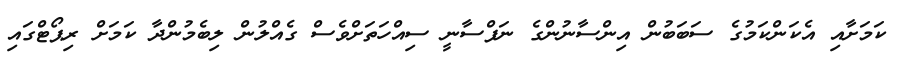
ކަމަށާއި އެކަންކަމުގެ ސަބަބުން އިންސާނުންގެ ނަފްސާނީ ސިއްހަތަށްވެސް ގެއްލުން ލިބެމުންދާ ކަމަށް ރިޕޯޓްގައި